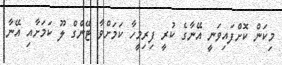
މިކަން ކޮށްފައިވަނީ އޭނާގެ ކުރީ ފިރިމީހާ ކަމަށްވާ ޓޭންގް ލޫ ކަމަށާއި އޭނާ